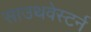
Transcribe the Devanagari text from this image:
साउथवेस्टर्न